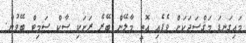
މައިގަނޑަ މަޤްސަދަކަށް ވެފެއި އޮތީ މާލޭން ބޭރެ ރަށަކި ސާކް ސަމިޓް ބޭވުން.